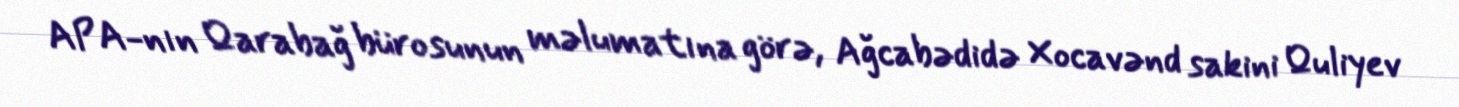
APA-nın Qarabağ bürosunun məlumatına görə, Ağcabədidə Xocavənd sakini Quliyev